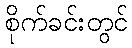
စိုက်ခင်းတွင်